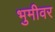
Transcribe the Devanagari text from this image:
भुमीवर